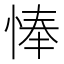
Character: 𢜗